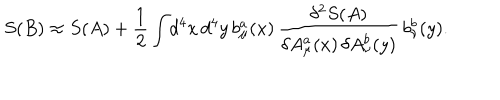
LaTeX: S ( B ) \approx S ( A ) + { \frac { 1 } { 2 } } \int \! d ^ { 4 } x \, d ^ { 4 } y \, b _ { \mu } ^ { a } ( x ) \, { \frac { \delta ^ { 2 } S ( A ) } { \delta A _ { \mu } ^ { a } ( x ) \, \delta A _ { \nu } ^ { b } ( y ) } } \, b _ { \nu } ^ { b } ( y ) .